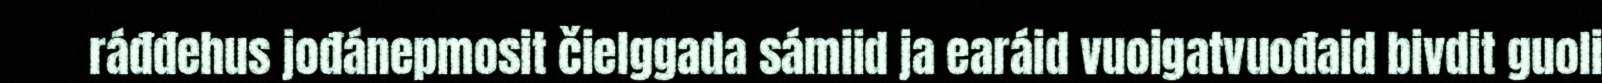
ráđđehus jođánepmosit čielggada sámiid ja earáid vuoigatvuođaid bivdit guoli